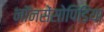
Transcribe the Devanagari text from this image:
नॉनसेंसोपिडिया